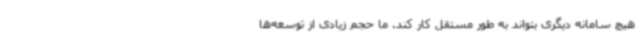
هیچ سامانه دیگری بتواند به طور مستقل کار کند. ما حجم زیادی از توسعه‌ها